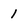
Character: 1